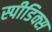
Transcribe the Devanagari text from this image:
स्पीडिक्स